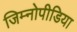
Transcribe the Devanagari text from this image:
जिम्नोपीडिया